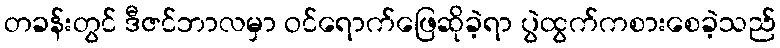
တခန်းတွင် ဒီဇင်ဘာလမှာ ဝင်ရောက်ဖြေဆိုခဲ့ရာ ပွဲထွက်ကစားစေခဲ့သည်